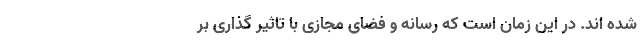
شده اند. در این زمان است که رسانه و فضای مجازی با تاثیر گذاری بر